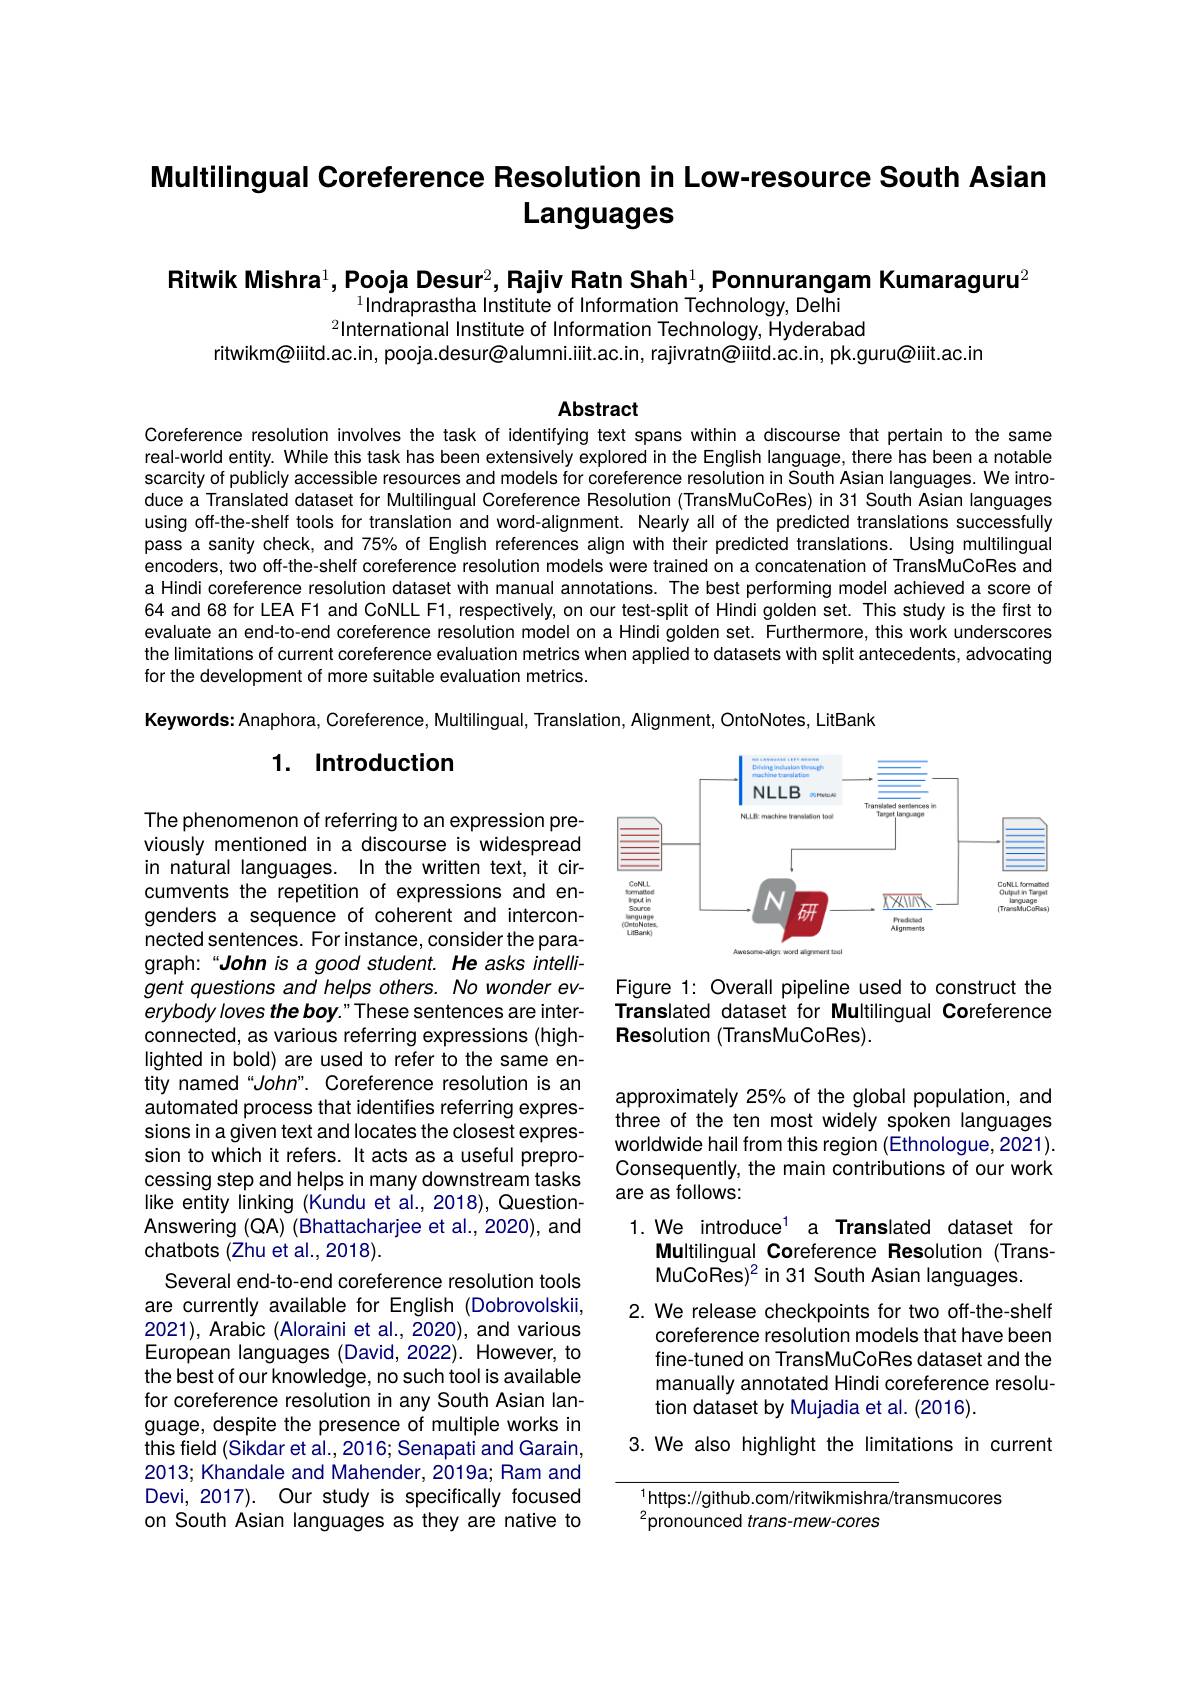
# Multilingual Coreference Resolution in Low-resource South Asian Languages

Ritwik Mishra$^1$,Pooja Desur$^2$, Rajiv Ratn Shah$^1$,Ponnurangam Kumaraguru$^2$
$^{1}$Indraprastha Institute of Information Technology, Delhi
$^{2}$International Institute of Information Technology, Hyderabad
ritwikm@iiitd.ac.in, pooja.desur@alumni.iiit.ac.in, rajivratn@iiitd.ac.in, pk.guru@iiit.ac.in

Abstract

Coreference resolution involves the task of identifying text spans within a discourse that pertain to the same real-world entity. While this task has been extensively explored in the English language, there has been a notable scarcity of publicly accessible resources and models for coreference resolution in South Asian languages. We introduce a Translated dataset for Multilingual Coreference Resolution (TransMuCoRes) in 31 South Asian languages using off-the-shelf tools for translation and word-alignment. Nearly all of the predicted translations successfully pass a sanity check, and 75% of English references align with their predicted translations. Using multilingual encoders, two off-the-shelf coreference resolution models were trained on a concatenation of TransMuCoRes and a Hindi coreference resolution dataset with manual annotations. The best performing model achieved a score of 64 and 68 for LEA F1 and CoNLL F1, respectively, on our test-split of Hindi golden set. This study is the first to evaluate an end-to-end coreference resolution model on a Hindi golden set. Furthermore, this work underscores the limitations of current coreference evaluation metrics when applied to datasets with split antecedents, advocating for the development of more suitable evaluation metrics.

Keywords: Anaphora, Coreference, Multilingual, Translation, Alignment, OntoNotes, LitBank

## 1. Introduction

<FigureHere>

Figure 1: Overall pipeline used to construct the Translated dataset for Multilingual Coreference Resolution (TransMuCoRes).

approximately 25% of the global population, and three of the ten most widely spoken languages worldwide hail from this region (Ethnologue,2021). Consequently, the main contributions of our work are as follows:

The phenomenon of referring to an expression previously mentioned in a discourse is widespread in natural languages. In the written text, it circumvents the repetition of expressions and engenders a sequence of coherent and interconnected sentences. For instance, consider the paragraph:“John is a good student. He asks intelligent questions and helps others. No wonder everybody loves the boy. " These sentences are interconnected, as various referring expressions (highlighted in bold) are used to refer to the same entity named“John”. Coreference resolution is an automated process that identifies referring expressions in a given text and locates the closest expression to which it refers. It acts as a useful preprocessing step and helps in many downstream tasks like entity linking (Kundu et al., 2018), QuestionAnswering (QA) (Bhattacharjee et al., 2020), and chatbots (Zhu et al., 2018).
Several end-to-end coreference resolution tools are currently available for English (Dobrovolskii, 2021), Arabic (Aloraini et al., 2020), and various European languages (David, 2022). However, to the best of our knowledge, no such tool is available for coreference resolution in any South Asian language, despite the presence of multiple works in this field (Sikdar et al., 2016; Senapati and Garain, 2013; Khandale and Mahender, 2019a; Ram and Devi, 2017). Our study is specifically focused on South Asian languages as they are native to

1. We introduce$^{1}$ a Translated dataset for
Multilingual Coreference Resolution (Trans-
$MuCoRes)^2 in 31 South Asian languages.$
2. We release checkpoints for two off-the-shelf
coreference resolution models that have been fine-tuned on TransMuCoRes dataset and the manually annotated Hindi coreference resolution dataset by Mujadia et al. (2016).
3. We also highlight the limitations in current

$^{1}$https://github.com/ritwikmishra/transmucores
${}^{2}$pronounced trans-mew-cores